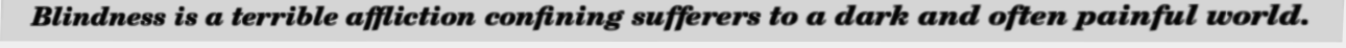
Blindness is a terrible affliction confining sufferers to a dark and often painful world.